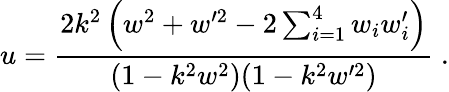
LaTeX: u=\frac{2k^{2}\left(w^{2}+w^{\prime 2}-2\sum_{i=1}^{4}w_{i}w_{i}^{\prime}\right)}{(1-k^{2}w^{2})(1-k^{2}w^{\prime 2})}\; .